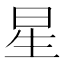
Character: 星